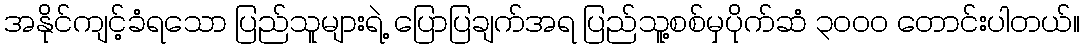
အနိုင်ကျင့်ခံရသော ပြည်သူများရဲ့ ပြောပြချက်အရ ပြည်သူ့စစ်မှပိုက်ဆံ ၃၀၀၀ တောင်းပါတယ်။